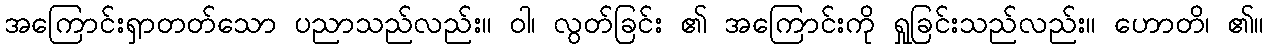
အကြောင်းရှာတတ်သော ပညာသည်လည်း။ ဝါ၊ လွတ်ခြင်း ၏ အကြောင်းကို ရှုခြင်းသည်လည်း။ ဟောတိ၊ ၏။